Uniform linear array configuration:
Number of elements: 8
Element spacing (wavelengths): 0.75
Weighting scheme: cosine
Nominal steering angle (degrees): -45
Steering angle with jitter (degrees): -43.108
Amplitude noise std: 0.05
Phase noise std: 0.05

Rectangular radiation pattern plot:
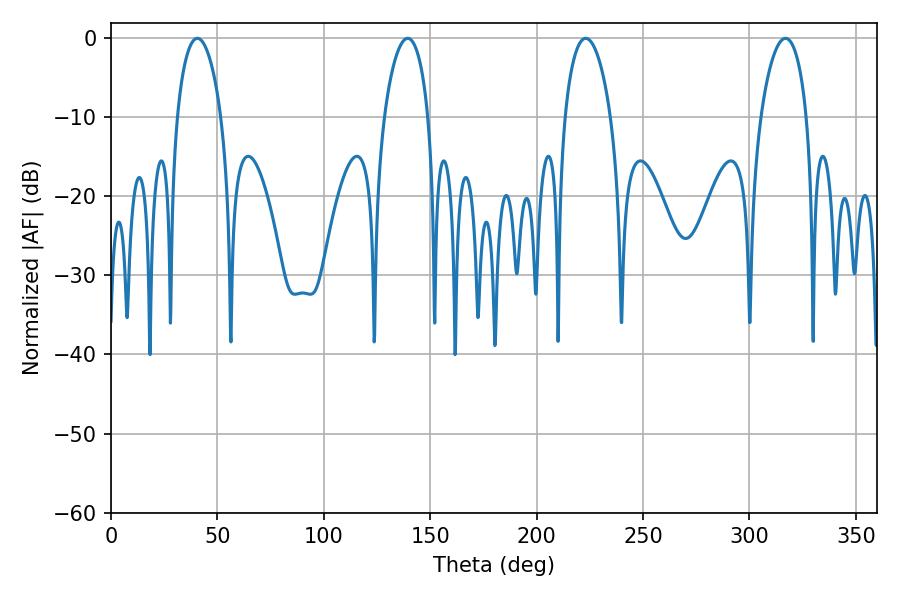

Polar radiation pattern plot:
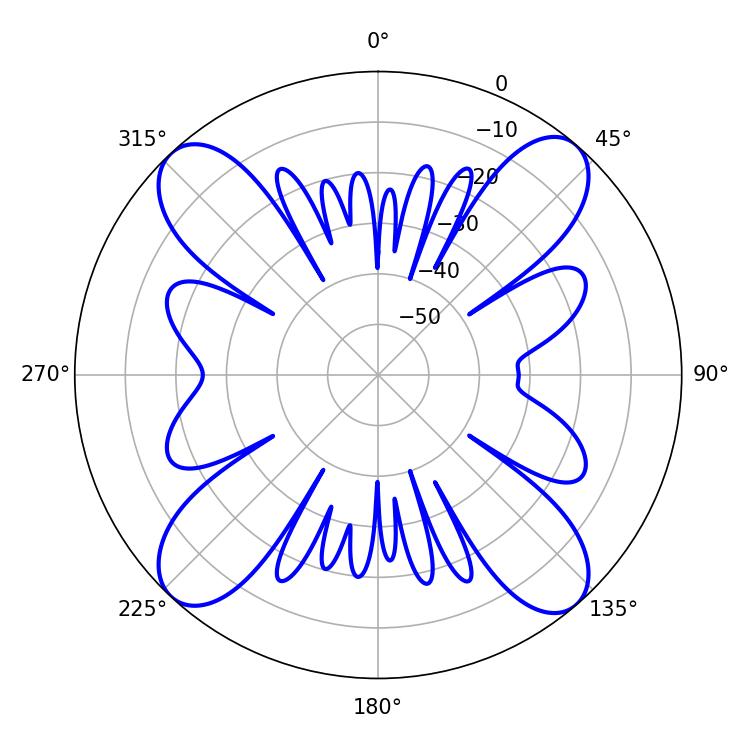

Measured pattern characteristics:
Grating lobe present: TRUE
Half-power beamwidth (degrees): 12.24
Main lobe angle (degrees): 223.02